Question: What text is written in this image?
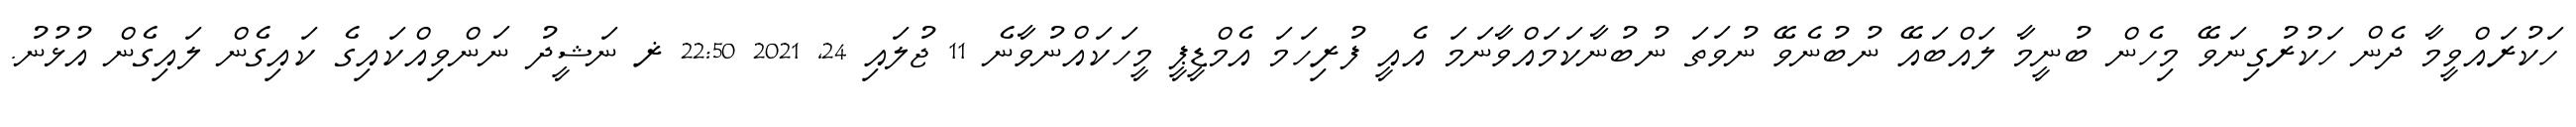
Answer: ހަކުރައްވީމާ ދެން ހަކުރުގިނަވޭ މިހެން ބުނީމާ ލައްބައޭ ނުބުނެވޭ ނުވަތަ ނުބުނާކަމައްވާނަމަ އެއީ ފުރިހަމަ އެމްޑީޕީ މީހަކައްނުވާނެ 11 ޖުލައި 24, 2021 22:50 ޜ ނަޝީދު ނަންވިއްކައިގެ ކައިގެން ލައިގެން އުޅުނު.